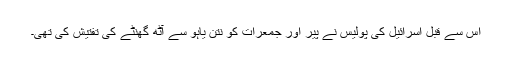
اس سے قبل اسرائیل کی پولیس نے پیر اور جمعرات کو نتن یاہو سے آٹھ گھنٹے کی تفتیش کی تھی۔